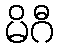
မိဂီ